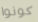
كونوا